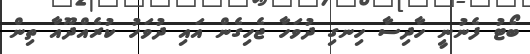
ބޯޓު ފެނުނީ ހާދިސާ ހިނގި ދުވަހާ ޖެހިގެން އައި ދުވަހު ކުރެއްދޫއާ ތިން